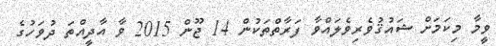
ވީމާ މިކަމަށް ޝައުޤުވެރިވެލައްވާ ފަރާތްތަކުން 14 ޖޫން 2015 ވާ އާދީއްތަ ދުވަހުގެ